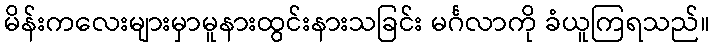
မိန်းကလေးများမှာမူနားထွင်းနားသခြင်း မင်္ဂလာကို ခံယူကြရသည်။